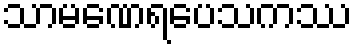
သာမဏေရပေသကဿ